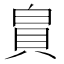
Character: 𪽾